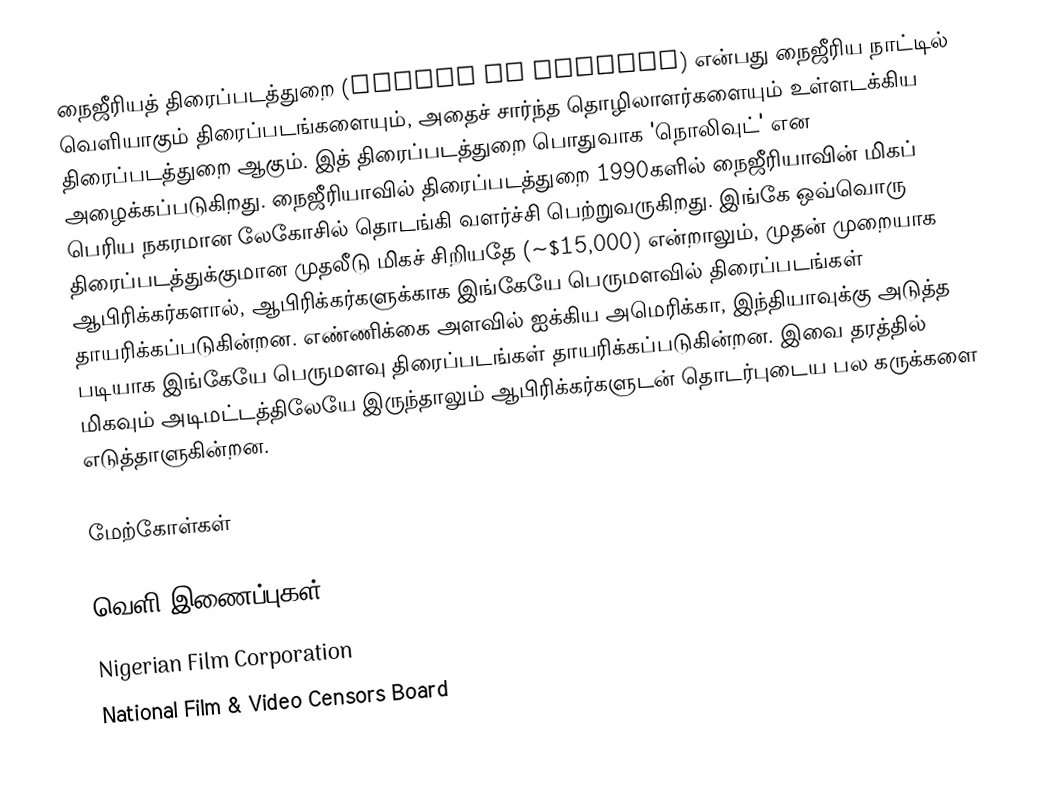
நைஜீரியத் திரைப்படத்துறை (Cinema of Nigeria) என்பது நைஜீரிய நாட்டில் வெளியாகும் திரைப்படங்களையும், அதைச் சார்ந்த தொழிலாளர்களையும் உள்ளடக்கிய திரைப்படத்துறை ஆகும். இத் திரைப்படத்துறை பொதுவாக 'நொலிவுட்' என அழைக்கப்படுகிறது. நைஜீரியாவில் திரைப்படத்துறை 1990களில் நைஜீரியாவின் மிகப் பெரிய நகரமான லேகோசில் தொடங்கி வளர்ச்சி பெற்றுவருகிறது. இங்கே ஒவ்வொரு திரைப்படத்துக்குமான முதலீடு மிகச் சிறியதே (~$15,000) என்றாலும், முதன் முறையாக ஆபிரிக்கர்களால், ஆபிரிக்கர்களுக்காக இங்கேயே பெருமளவில் திரைப்படங்கள் தாயரிக்கப்படுகின்றன. எண்ணிக்கை அளவில் ஐக்கிய அமெரிக்கா, இந்தியாவுக்கு அடுத்த படியாக இங்கேயே பெருமளவு திரைப்படங்கள் தாயரிக்கப்படுகின்றன. இவை தரத்தில் மிகவும் அடிமட்டத்திலேயே இருந்தாலும் ஆபிரிக்கர்களுடன் தொடர்புடைய பல கருக்களை எடுத்தாளுகின்றன.

மேற்கோள்கள்

வெளி இணைப்புகள்
Nigerian Film Corporation
National Film & Video Censors Board